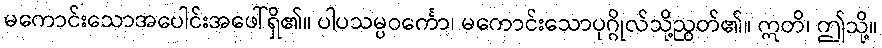
မကောင်းသောအပေါင်းအဖေါ်ရှိ၏။ ပါပသမ္ပဝင်္ကော၊ မကောင်းသောပုဂ္ဂိုလ်သို့ညွတ်၏။ ဣတိ၊ ဤသို့။